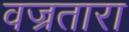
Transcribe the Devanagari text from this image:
वज्रतारा